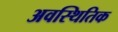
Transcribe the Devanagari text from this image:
अवस्थितिक